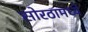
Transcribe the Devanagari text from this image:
सोरठामध्ये